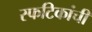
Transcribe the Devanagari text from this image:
स्फटिकांची